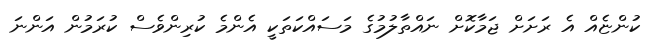
ކުންޏެއް އެ ރަށަށް ޖަމާކޮށް ނައްތާލުމުުގެ މަސައްކަތަކީ އެންމެ ކުރިންވެސް ކުރަމުން އަންނަ